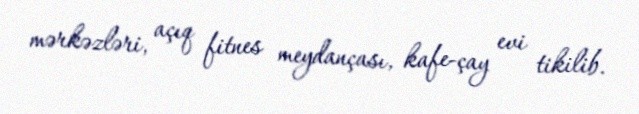
mərkəzləri, açıq fitnes meydançası, kafe-çay evi tikilib.